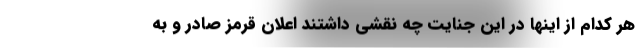
هر کدام از اینها در این جنایت چه نقشی داشتند اعلان قرمز صادر و به